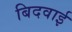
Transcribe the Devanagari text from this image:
बिदवाई